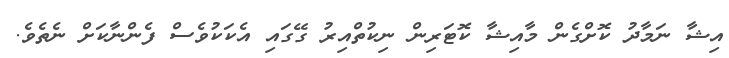
އިޝާ ނަމާދު ކޮށްގެން މާއިޝާ ކޮޓަރިން ނިކުތްއިރު ގޭގައި އެކަކުވެސް ފެންނާކަށް ނެތެވެ.